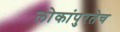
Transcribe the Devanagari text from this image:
लोकांपुरतेच